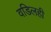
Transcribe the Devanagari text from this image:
वडिलही